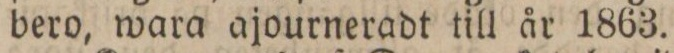
bero, wara ajourneradt till år 1863.